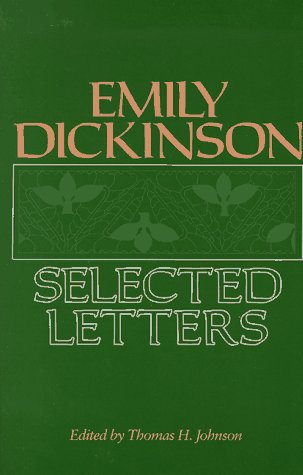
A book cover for Emily Dickinson: Selected Letters; Emily Dickinson; Literature & Fiction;